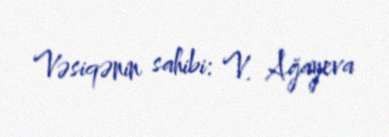
Vəsiqənin sahibi: V. Ağayeva